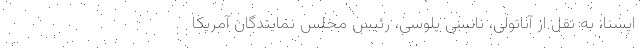
ایسنا، به نقل از آناتولی، نانسی پلوسی، رئیس مجلس نمایندگان آمریکا